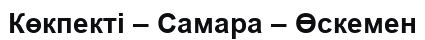
Көкпекті – Самара – Өскемен